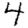
Digit: 4